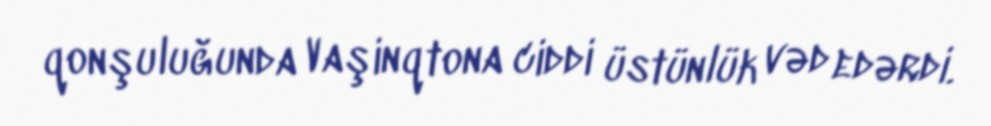
qonşuluğunda Vaşinqtona ciddi üstünlük vəd edərdi.